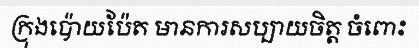
ក្រុងប៉ោយប៉ែត មានការសប្បាយចិត្ត ចំពោះ